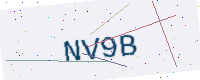
Text: NV9B